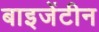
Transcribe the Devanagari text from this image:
बाइजेंटीन